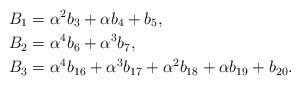
LaTeX: \begin{align*} B_1 &= \alpha^2 b_{3} + \alpha b_{4} + b_{5}, \\B_2 &= \alpha^4 b_{6}+\alpha^3 b_{7}, \\B_3 &= \alpha^4 b_{16}+\alpha^3 b_{17} + \alpha^2 b_{18} + \alpha b_{19} +b_{20}. \end{align*}